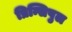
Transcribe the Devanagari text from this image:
प्रिन्सिपुल